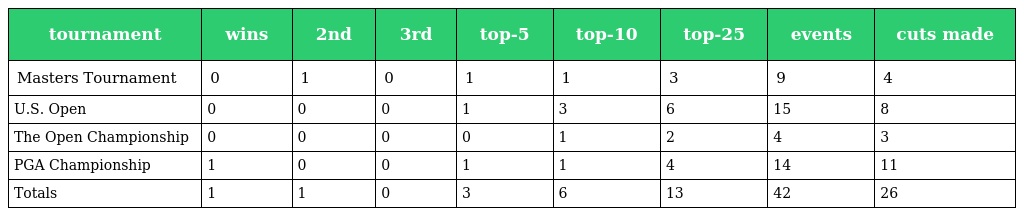
| tournament | wins | 2nd | 3rd | top-5 | top-10 | top-25 | events | cuts made |
 | --- | --- | --- | --- | --- | --- | --- | --- | --- |
 | Masters Tournament | 0 | 1 | 0 | 1 | 1 | 3 | 9 | 4 |
 | U.S. Open | 0 | 0 | 0 | 1 | 3 | 6 | 15 | 8 |
 | The Open Championship | 0 | 0 | 0 | 0 | 1 | 2 | 4 | 3 |
 | PGA Championship | 1 | 0 | 0 | 1 | 1 | 4 | 14 | 11 |
 | Totals | 1 | 1 | 0 | 3 | 6 | 13 | 42 | 26 |